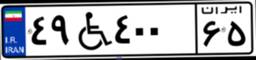
۴۹W۴۰۰۶۵